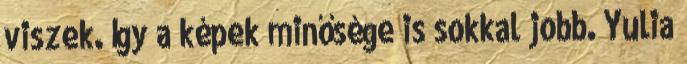
viszek. Így a képek minősége is sokkal jobb. Yulia